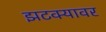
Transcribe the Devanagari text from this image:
झटक्यावर